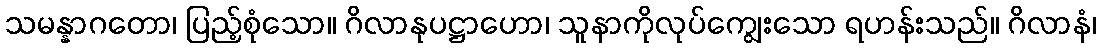
သမန္နာဂတော၊ ပြည့်စုံသော။ ဂိလာနုပဋ္ဌာဟော၊ သူနာကိုလုပ်ကျွေးသော ရဟန်းသည်။ ဂိလာနံ၊